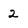
Character: 2